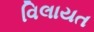
વિલાયત